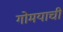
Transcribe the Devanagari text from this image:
गोमयाची